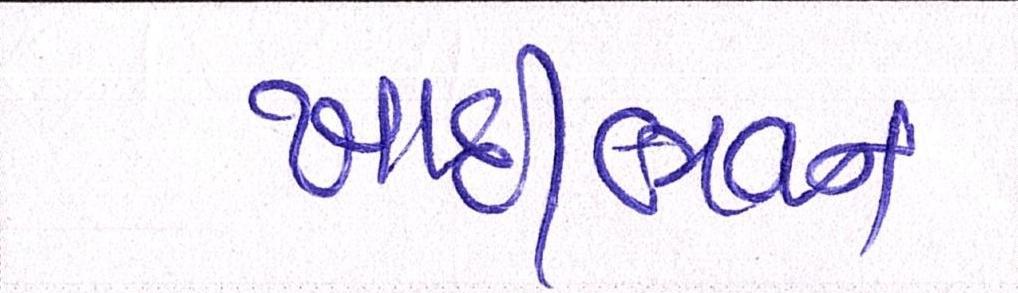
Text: ખાદીભવન